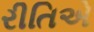
રીતિએ